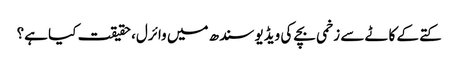
کتے کے کاٹے سے زخمی بچے کی ویڈیو سندھ میں وائرل، حقیقت کیا ہے؟